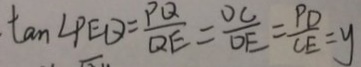
\tan \angle P E Q = \frac { P Q } { Q E } = \frac { O C } { O E } = \frac { P D } { C E } = y